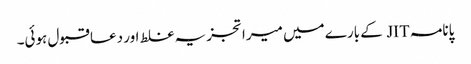
پانامہ JIT کے بارے میں میرا تجزیہ غلط اور دعا قبول ہوئی۔